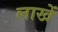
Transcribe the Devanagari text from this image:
लाखें